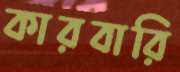
কারবারি